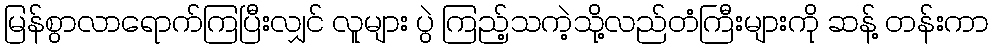
မြန်စွာလာရောက်ကြပြီးလျှင် လူများ ပွဲ ကြည့်သကဲ့သို့လည်တံကြီးများကို ဆန့် တန်းကာ